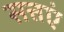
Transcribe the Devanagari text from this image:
सत्तएं